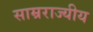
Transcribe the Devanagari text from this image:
साम्रराज्यीय